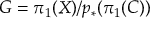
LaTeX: G = \pi _ { 1 } ( X ) / p _ { * } ( \pi _ { 1 } ( C ) )